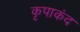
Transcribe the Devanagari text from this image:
कृपाकंद